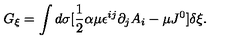
G _ { \xi } = \int d \sigma [ \frac { 1 } { 2 } \alpha \mu \epsilon ^ { i j } \partial _ { j } A _ { i } - \mu J ^ { 0 } ] \delta \xi .